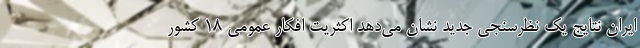
ایران نتایج یک نظرسنجی جدید نشان می‌دهد اکثریت افکار عمومی 18 کشور